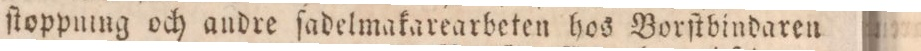
ſtoppnung och andre ſadelmakarearbeten hos Borſtbindaren